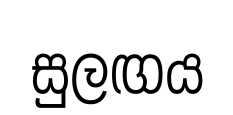
සුලඟය